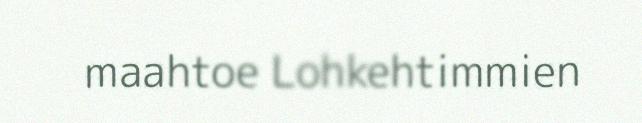
maahtoe Lohkehtimmien